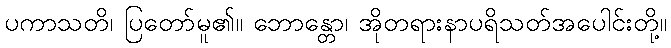
ပကာသတိ၊ ပြတော်မူ၏။ ဘောန္တော၊ အိုတရားနာပရိသတ်အပေါင်းတို့။